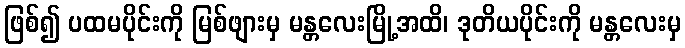
ဖြစ်၍ ပထမပိုင်းကို မြစ်ဖျားမှ မန္တလေးမြို့အထိ၊ ဒုတိယပိုင်းကို မန္တလေးမှ